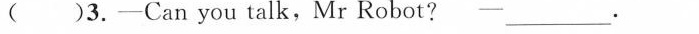
( )3.-Can you talk,Mr Robot? ___.